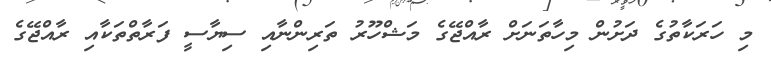
މި ހަރަކާތުގެ ދަށުން މިހާތަނަށް ރާއްޖޭގެ މަޝްހޫރު ތަރިންނާއި ސިޔާސީ ފަރާތްތަކާއި ރާއްޖޭގެ